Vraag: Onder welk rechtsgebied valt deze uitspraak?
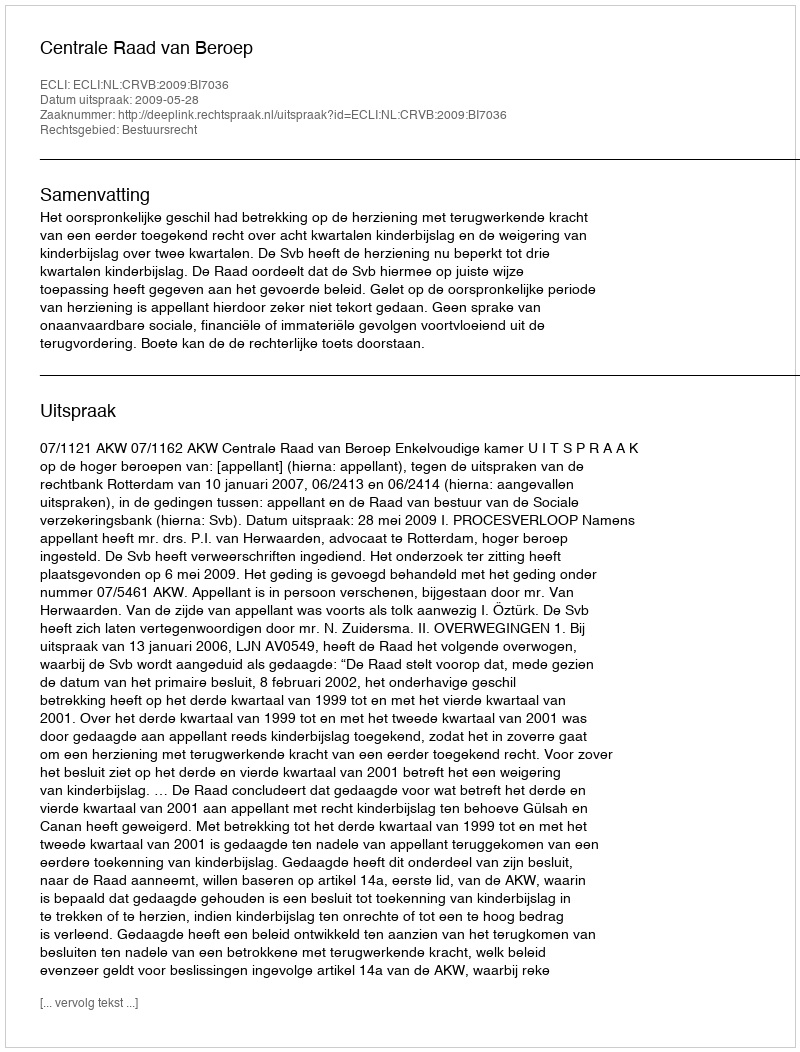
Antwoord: Bestuursrecht